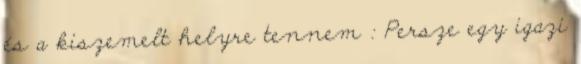
és a kiszemelt helyre tennem : Persze egy igazi